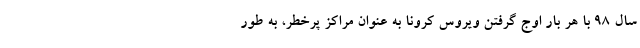
سال ۹۸ با هر بار اوج گرفتن ویروس کرونا به عنوان مراکز پرخطر، به طور